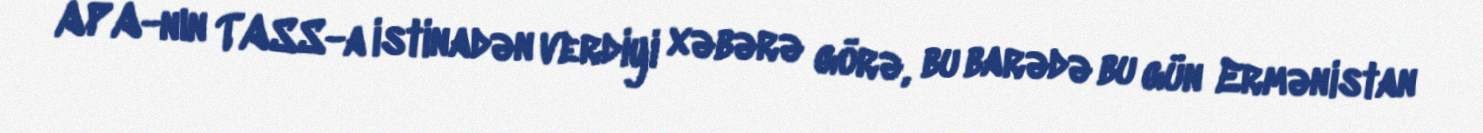
APA-nın TASS-a istinadən verdiyi xəbərə görə, bu barədə bu gün Ermənistan